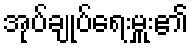
အုပ်ချုပ်ရေးမှူး၏